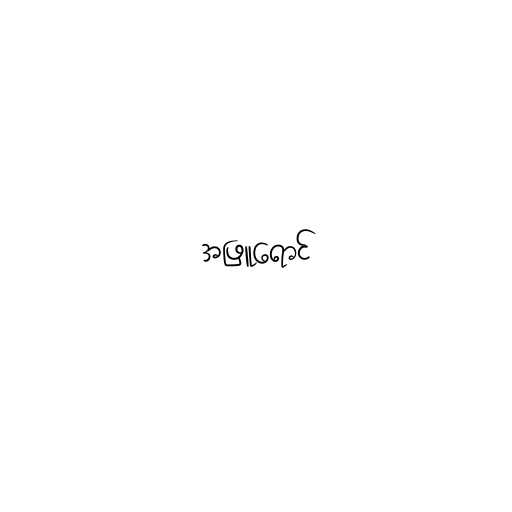
အဖြူရောင်